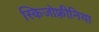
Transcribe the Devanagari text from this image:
स्किजोफ़्रीनिया